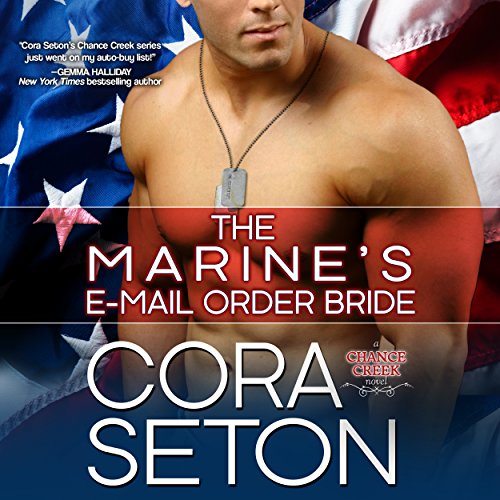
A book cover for The Marine's E-Mail Order Bride; Cora Seton; Romance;